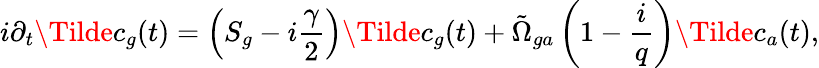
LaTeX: i\partial_{t}\Tilde{c}_{g}(t)=\left(S_{g}-i\frac{\gamma}{2}\right)\Tilde{c}_{g}(t)+\tilde{\Omega}_{ga}\left(1-\frac{i}{q}\right)\Tilde{c}_{a}(t),